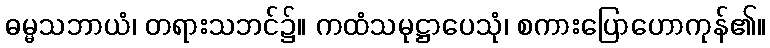
ဓမ္မသဘာယံ၊ တရားသဘင်၌။ ကထံသမုဋ္ဌာပေသုံ၊ စကားပြောဟောကုန်၏။